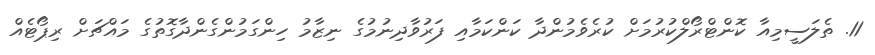
11. ތެލަސީމިއާ ކޮންޓްރޯލްކުރުމަށް ކުރެވެމުންދާ ކަންކަމާއި ފަރުވާދިނުމުގެ ނިޒާމު ހިންގަމުންގެންދާގޮތުގެ މައްޗަށް ރިޕޯޓެއް